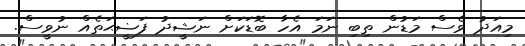
މިއަދު ވެސް މަޑުން ތިބި ނަމަ އެހާ ބޮޑަކަށް ނަޝީދު ފަޟީޙަތެއް ނުވީސް.